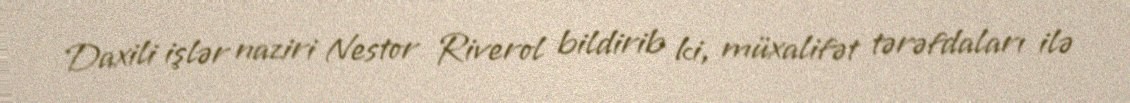
Daxili işlər naziri Nestor Riverol bildirib ki, müxalifət tərəfdaları ilə